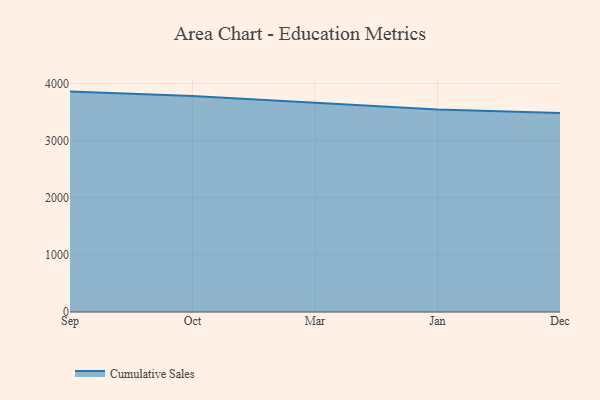
{"axis": {"x": "Month", "y": "Active Users"}, "legend": ["Cumulative Sales"], "data": [{"x": "Sep", "y": 3858.0, "type": "Cumulative Sales"}, {"x": "Oct", "y": 3782.1, "type": "Cumulative Sales"}, {"x": "Mar", "y": 3664.3, "type": "Cumulative Sales"}, {"x": "Jan", "y": 3544.3, "type": "Cumulative Sales"}, {"x": "Dec", "y": 3485.0, "type": "Cumulative Sales"}]}